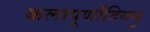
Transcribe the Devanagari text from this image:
कलापूर्णोदियमु